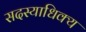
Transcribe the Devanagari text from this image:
सदस्याधिक्य